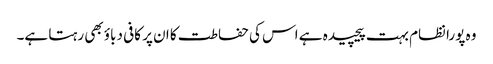
وہ پورا نظام بہت پیچیدہ ہے اس کی حفاطت کا ان پر کافی دباؤ بھی رہتا ہے۔